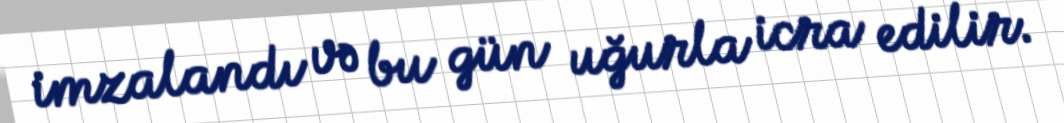
imzalandı və bu gün uğurla icra edilir.